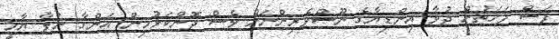
ފަސް ފަހަތުން ދުވާ އިންޑިޔާގެ ނޫސްވެރިންނަށް ވެސް ދޮންކަޅުމިން އަންގާ ނުލާ ޔާމީ